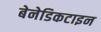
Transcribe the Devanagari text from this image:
बेनेडिकटाइन